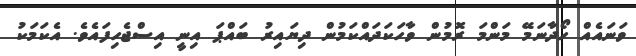
ވަނައެއް ހޯދާނަމޭ މަންމަ ރޮމުން ވާހަކަދައްކަމުން ދިޔައިރު ބައްޕަ އިނީ އިސްޖެހިފައެވެ. އެކަމަކު